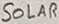
Text: SOLAR